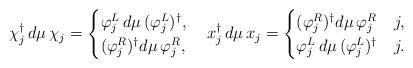
LaTeX: \begin{align*} \chi_j^\dag\,d\mu\,\chi_j = \begin{cases} \varphi_j^L\,d\mu\,(\varphi_j^L)^\dag, \\ (\varphi_j^R)^\dag d\mu\,\varphi_j^R, \end{cases} x_j^\dag\,d\mu\,x_j = \begin{cases} (\varphi_j^R)^\dag d\mu\,\varphi_j^R & j, \\ \varphi_j^L\,d\mu\,(\varphi_j^L)^\dag & j. \end{cases}\end{align*}